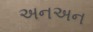
અનઅન